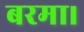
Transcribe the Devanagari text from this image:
बरमा।